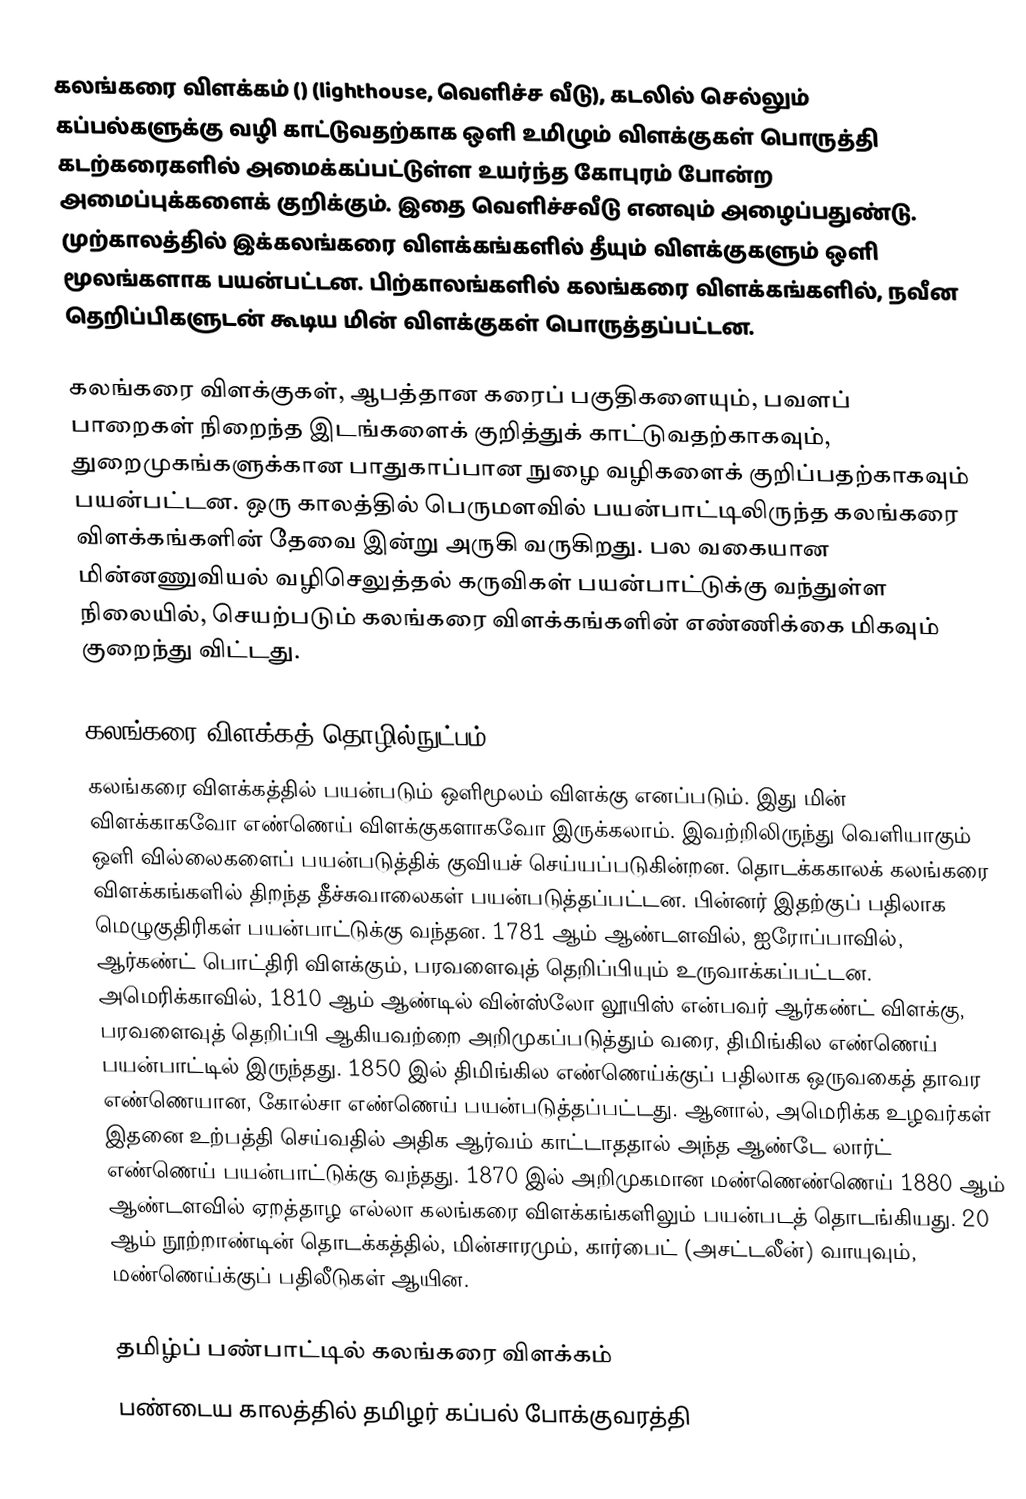
கலங்கரை விளக்கம் () (lighthouse, வெளிச்ச வீடு), கடலில் செல்லும் கப்பல்களுக்கு வழி காட்டுவதற்காக ஒளி உமிழும் விளக்குகள் பொருத்தி கடற்கரைகளில் அமைக்கப்பட்டுள்ள உயர்ந்த கோபுரம் போன்ற அமைப்புக்களைக் குறிக்கும். இதை வெளிச்சவீடு எனவும் அழைப்பதுண்டு. முற்காலத்தில் இக்கலங்கரை விளக்கங்களில் தீயும் விளக்குகளும் ஒளி மூலங்களாக பயன்பட்டன. பிற்காலங்களில் கலங்கரை விளக்கங்களில், நவீன தெறிப்பிகளுடன் கூடிய மின் விளக்குகள் பொருத்தப்பட்டன.

கலங்கரை விளக்குகள், ஆபத்தான கரைப் பகுதிகளையும், பவளப் பாறைகள் நிறைந்த இடங்களைக் குறித்துக் காட்டுவதற்காகவும், துறைமுகங்களுக்கான பாதுகாப்பான நுழை வழிகளைக் குறிப்பதற்காகவும் பயன்பட்டன. ஒரு காலத்தில் பெருமளவில் பயன்பாட்டிலிருந்த கலங்கரை விளக்கங்களின் தேவை இன்று அருகி வருகிறது. பல வகையான மின்னணுவியல் வழிசெலுத்தல் கருவிகள் பயன்பாட்டுக்கு வந்துள்ள நிலையில், செயற்படும் கலங்கரை விளக்கங்களின் எண்ணிக்கை மிகவும் குறைந்து விட்டது.

கலங்கரை விளக்கத் தொழில்நுட்பம்
கலங்கரை விளக்கத்தில் பயன்படும் ஒளிமூலம் விளக்கு எனப்படும். இது மின் விளக்காகவோ எண்ணெய் விளக்குகளாகவோ இருக்கலாம். இவற்றிலிருந்து வெளியாகும் ஒளி வில்லைகளைப் பயன்படுத்திக் குவியச் செய்யப்படுகின்றன. தொடக்ககாலக் கலங்கரை விளக்கங்களில் திறந்த தீச்சுவாலைகள் பயன்படுத்தப்பட்டன. பின்னர் இதற்குப் பதிலாக மெழுகுதிரிகள் பயன்பாட்டுக்கு வந்தன. 1781 ஆம் ஆண்டளவில், ஐரோப்பாவில், ஆர்கண்ட் பொட்திரி விளக்கும், பரவளைவுத் தெறிப்பியும் உருவாக்கப்பட்டன. அமெரிக்காவில், 1810 ஆம் ஆண்டில் வின்ஸ்லோ லூயிஸ் என்பவர் ஆர்கண்ட் விளக்கு, பரவளைவுத் தெறிப்பி ஆகியவற்றை அறிமுகப்படுத்தும் வரை, திமிங்கில எண்ணெய் பயன்பாட்டில் இருந்தது. 1850 இல் திமிங்கில எண்ணெய்க்குப் பதிலாக ஒருவகைத் தாவர எண்ணெயான, கோல்சா எண்ணெய் பயன்படுத்தப்பட்டது. ஆனால், அமெரிக்க உழவர்கள் இதனை உற்பத்தி செய்வதில் அதிக ஆர்வம் காட்டாததால் அந்த ஆண்டே லார்ட் எண்ணெய் பயன்பாட்டுக்கு வந்தது. 1870 இல் அறிமுகமான மண்ணெண்ணெய் 1880 ஆம் ஆண்டளவில் ஏறத்தாழ எல்லா கலங்கரை விளக்கங்களிலும் பயன்படத் தொடங்கியது. 20 ஆம் நூற்றாண்டின் தொடக்கத்தில், மின்சாரமும், கார்பைட் (அசட்டலீன்) வாயுவும், மண்ணெய்க்குப் பதிலீடுகள் ஆயின.

தமிழ்ப் பண்பாட்டில் கலங்கரை விளக்கம்
பண்டைய காலத்தில் தமிழர் கப்பல் போக்குவரத்தி